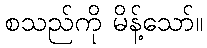
စသည်ကို မိန့်သော်။